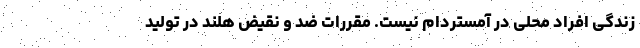
زندگی افراد محلی در آمستردام نیست. مقررات ضد و نقیض هلند در تولید